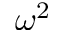
\omega ^ { 2 }